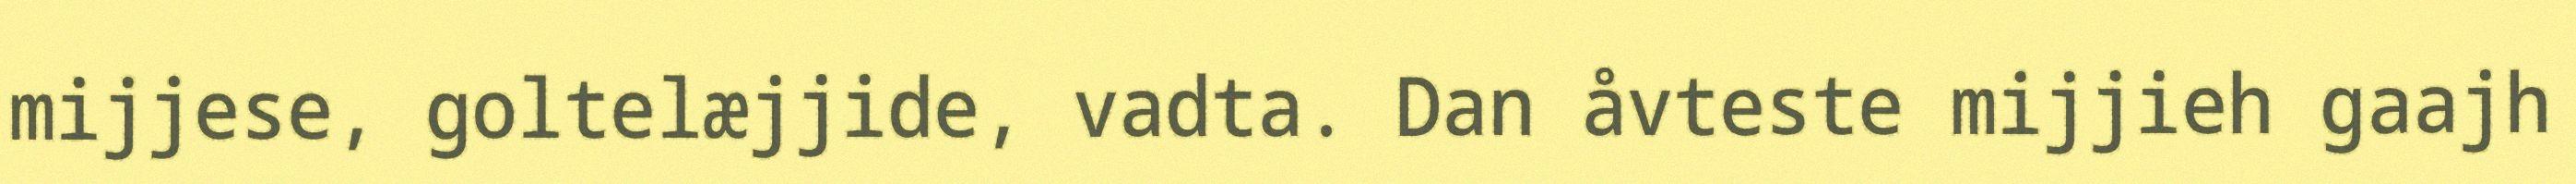
mijjese, goltelæjjide, vadta. Dan åvteste mijjieh gaajh